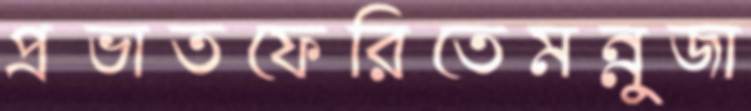
প্রভাতফেরিতেমন্নুজা